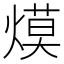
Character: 㷬